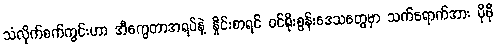
သံလိုက်စက်ကွင်းဟာ အီကွေတာအရပ်နဲ့ နှိုင်းစာရင် ဝင်ရိုးစွန်းဒေသတွေမှာ သက်ရောက်အား ပိုမို